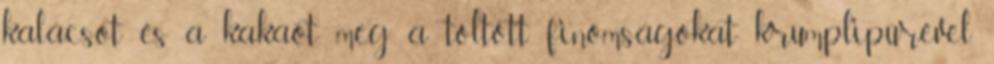
kalácsot és a kakaót, meg a töltött finomságokat krumplipürével.